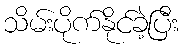
သိမ်းပိုက်နိုင်ခဲ့ပြီး